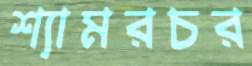
শ্যামরচর